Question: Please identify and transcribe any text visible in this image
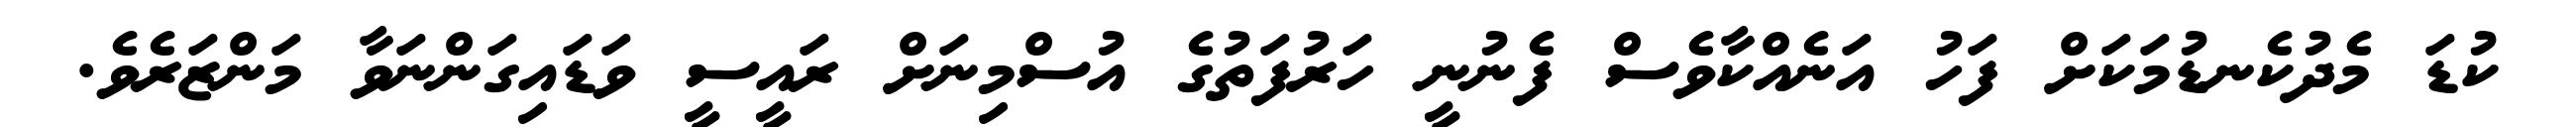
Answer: ކުޑަ މެދުކެނޑުމަކަށް ފަހު އަނެއްކާވެސް ފެނުނީ ހަރުފަތުގެ އުސްމިނަށް ރައީސީ ވަޑައިގަންނަވާ މަންޒަރެވެ.